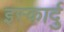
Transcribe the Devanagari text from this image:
इस्कार्दु